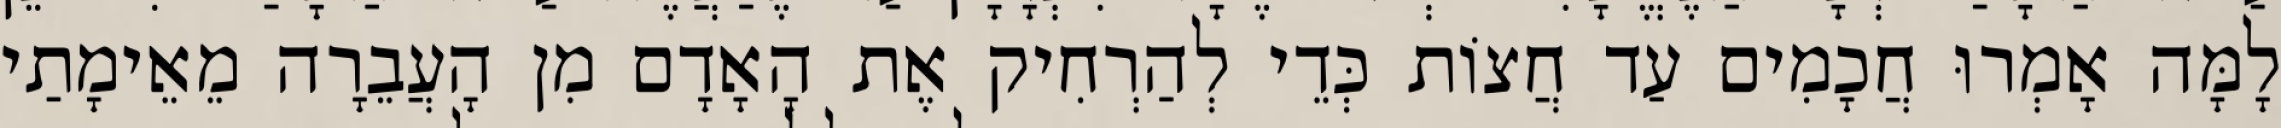
לָמָּה אָמְרוּ חֲכָמִים עַד חֲצוֹת כְּדֵי לְהַרְחִיק אֶת הָאָדָם מִן הָעֲבֵרָה מֵאֵימָתַי